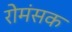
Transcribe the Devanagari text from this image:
रोमंसक